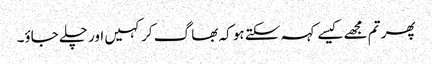
پھر تم مجھے کیسے کہہ سکتے ہو کہ بھا گ کر کہیں اور چلے جاؤ۔